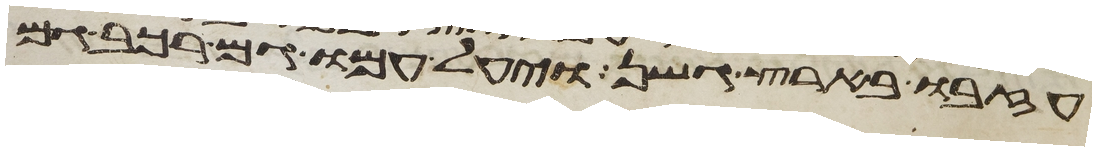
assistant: עזבו בארץ גשן ויעל עמו גם רכב גם